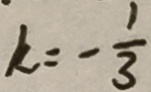
k = - \frac { 1 } { 3 }